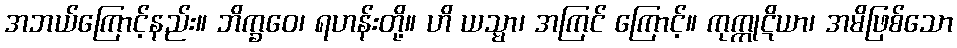
အဘယ်ကြောင့်နည်း။ ဘိက္ခဝေ၊ ရဟန်းတို့။ ဟိ ယသ္မာ၊ အကြင် ကြောင့်။ ကုက္ကုဋိယာ၊ အမိဖြစ်သော